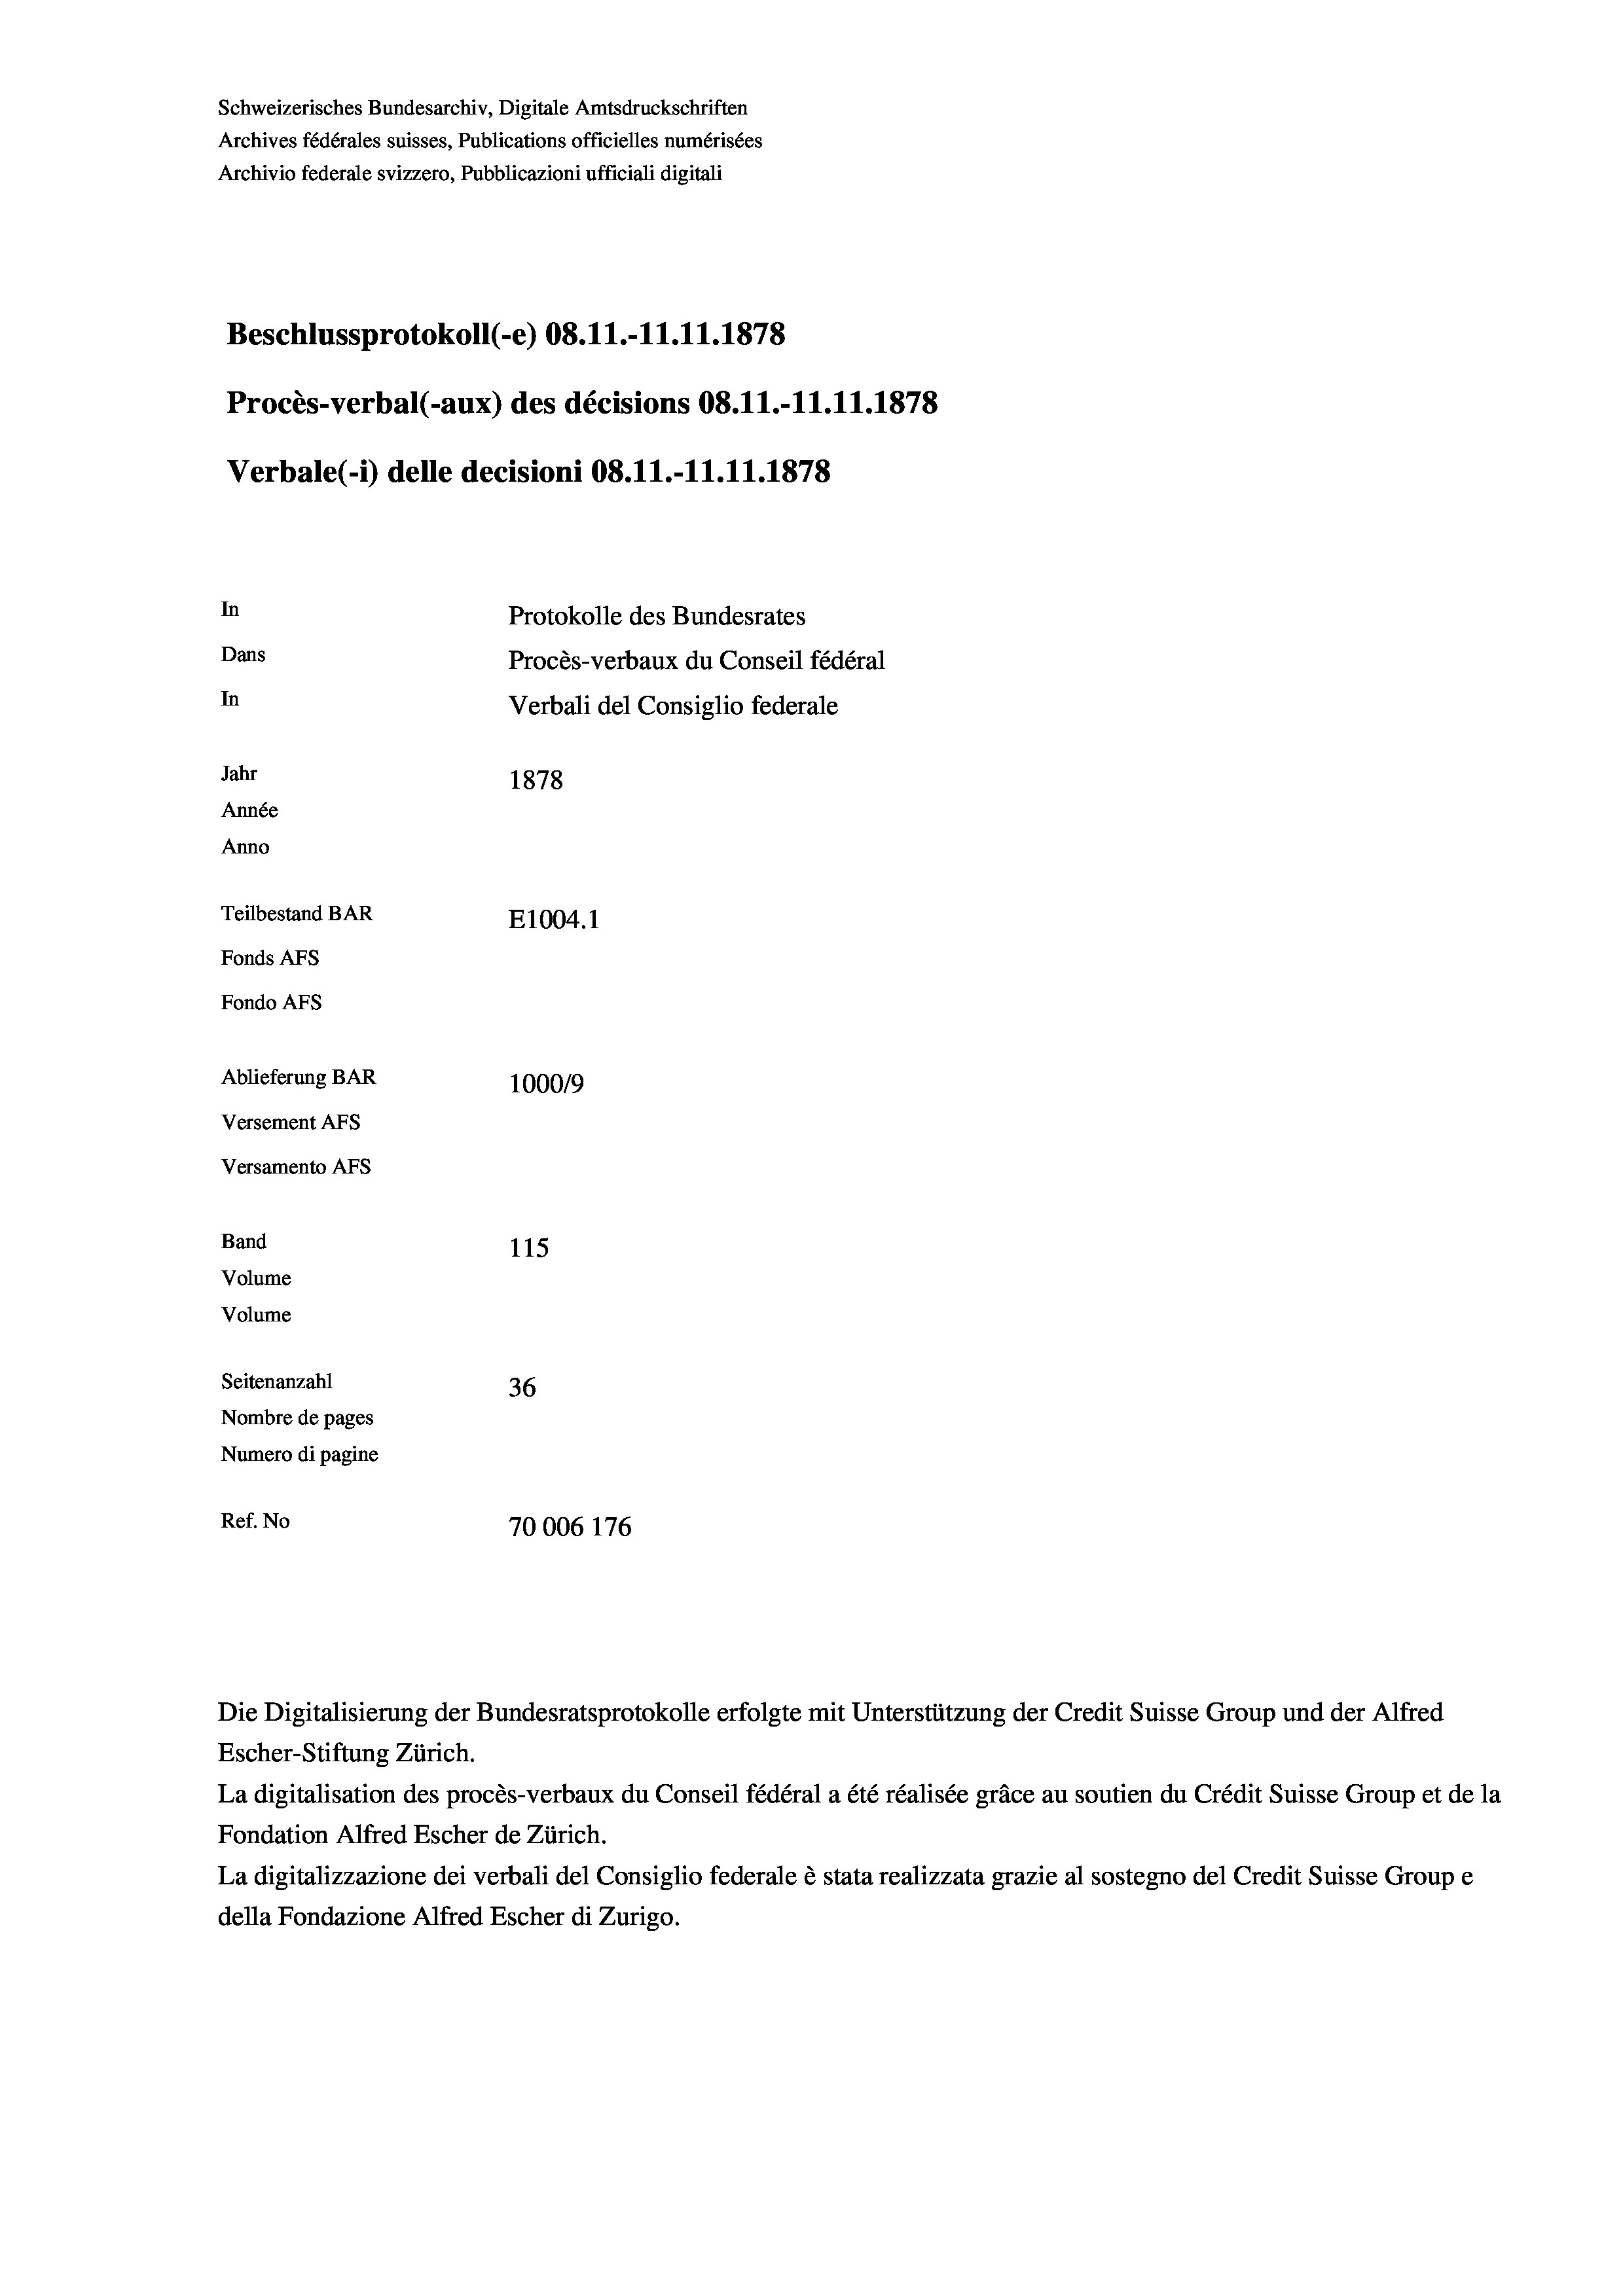
Schweizerisches Bundesarchiv, Digitale Amtsdruckschriften
Archives fédérales suisses, Publications officielles numérisées
Archivio federale svizzero, Pubblicazioni ufficiali digitali
Beschlussprotokoll (-e) 08.11.-11.11.1878
Procès-verbal (-aux) des décisions 08.11.-11.11.1878
Verbale(-*) delle decisioni 08.11.-11.11.1878
In
Protokolle des Bundesrates
Dans
Procès-verbaux du Conseil fédéral
In
Verbali del Consiglio federale
Jahr
1878
Année
Anno
Teilbestand BAR
E1004. 1
Fonds AFs
Fondo AFS
Ablieferung BAR
100019
Versement AFs
Versamento AFS
Band
115
Volume
Volume
Seitenanzahl
36
Nombre de pages
Numero di pagine
Ref. No
70006 176

Escher-Stiftung Zürich.
La digitalisation des procès-verbaux du Conseil fédéral a été réalisée gräce au soutien du Crédit Suisse Group et de la
Fondation Alfred Escher de Zürich.
La digitalizzazione dei verbali del Consiglio federale è stata realizzata grazie al sostegno del Credit Suisse Groupe
della Fondazione Alfred Escher di Zurigo.

Die Digitalisierung der Bundesratsprotokolle erfolgte mit Unterstützung der Credit Suisse Group und der Alfred